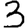
Digit: 3